Report of the Indian Hemp Drugs Commission, 1894-1895 - Volume VI
Year: 1894
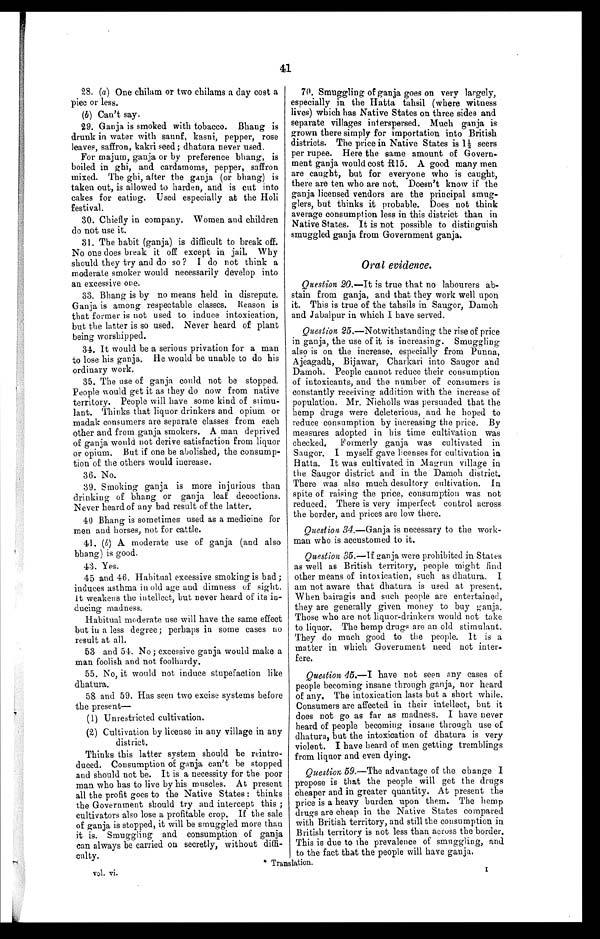
41
28. (a) One chilam or two chilams a day cost a
piec or less.
(b) Can't say.
29. Ganja, is smoked with tobacco. Bhang is
drunk in water with saunf, kasni, pepper, rose
leaves, saffron, kakri seed; dhatura never used.
For majum, ganja or by preference bhang, is
boiled in ghi, and cardamoms, pepper, saffron
mixed. The ghi, after the ganja (or bhang) is
taken out, is allowed to harden, and is cut into
cakes for eating. Used especially at the Holi
festival.
30. Chiefly in company. Women and children
do not use it.
31. The habit (ganja) is difficult to break off.
No one does break it off except in jail. Why
should they try and do so ? I do not think a
moderate smoker would necessarily develop into
an excessive one.
33. Bhang is by no means held in disrepute.
Ganja is among respectable classes. Beason is
that former is not used to induce intoxication,
but the latter is so used. Never heard of plant
being worshipped.
34. It would be a serious privation for a . man
to lose his ganja. He would be unable to do his
ordinary work.
35. The use of ganja could not be stopped,
People would get it as they do now from native
territory. People will have some kind of stimu-
lant. Thinks that liquor drinkers and opium or
madak consumers are separate classes from each
other and from ganja smokers. A man deprived
of ganja would not derive satisfaction from liquor
or opium. But if one be abolished, the consump-
tion of the others would increase.
36. No.
39. Smoking ganja is more injurious than
drinking of bhang or ganja, leaf decoctions.
Never heard of any bad result of the latter.
40 Bhang is sometimes used as a medicine for
men and horses, not for cattle.
41. (b) A moderate use of ganja (and also
bhang) is good.
43. Yes.
45 and 46. Habitual excessive smoking is bad;
induces asthma in old age and dimness of sight.
It weakens the intellect, but never heard of its in-
ducing madness.
Habitual moderate use will have the same effect
but in a less degree; perhaps in some cases no
result at all.
53 and 54. No; excessive ganja would make a
man foolish and not foolhardy.
55. No, it would not induce stupefaction like
dhatura.
58 and 59. Has seen two excise systems before
the present
(1) Unrestricted cultivation.
(2) Cultivation by license in any village in any
district.
Thinks this latter system should be reintro-
duced. Consumption of ganja can't be stopped
and should not be. It is a necessity for the poor
man who has to live by his muscles. At present
all the profit goes to the Native States : thinks
the Government should try and intercept this ;
cultivators also lose a profitable crop. If the sale
of ganja is stopped, it will be smuggled more than
it is. Smuggling and consumption of ganja
can always be carried on secretly, without diffi-
culty.
* Translation.
v o l . v i .
70. Smuggling of ganja goes on very largely,
especially in the Hatta tahsil (where witness
lives) which has Native States on three sides and
separate villages interspersed. Much ganja is
grown there simply for importation into British
districts. The price in Native States is 12 seers
per rupee. Here the same amount of Govern-
ment ganja would cost R15. A good many men
are caught, but for everyone who is caught,
there are ten who are not. Doesn't know if the
ganja licensed vendors are the principal smug-
glers, but thinks it probable. Does not think
average consumption less in this district than in
Native States. It is not possible to distinguish
smuggled ganja from Government ganja.
Oral evidence.
Question 20.—It is true that no labourers ab-
stain from ganja, and that they work well upon
it. This is true of the tahsils in Saugor, Damoh
and Jabalpur in which I have served.
Question 25 .–Notwithstanding the rise of price
in ganja, the use of it is increasing. Smuggling
also is on the increase, especially from Punna,
Ajeagadh, Bijawar, Charkari into Saugor and
Damoh. People cannot reduce their consumption
of intoxicants, and the number of consumers is
constantly receiving addition with the increase of
population. Mr. Nicholls was persuaded that the
hemp drugs were deleterious, and he hoped to
reduce consumption by increasing the price. By
measures adopted in his time cultivation was
checked, Formerly ganja was cultivated in
Saugor. I myself gave licenses for cultivation in
Hatta. It was cultivated in Magrun village in
the Saugor district and in the Damoh district.
There was also much desultory cultivation. In
spite of raising the price, consumption was not
reduced. There is very imperfect control across
the border, and prices are low there.
Question 34 .—Ganja is necessary to the work-
man who is accustomed. to it.
Question 35.—If ganja were prohibited in States
as well as British territory, people might find
other means of intoxication, such as dhatura. I
am not aware that dhatura is used at present.
When bairagis and such people are entertained,
they are generally given money to buy ganja.
Those who are not liquor-drinkers would not take
to liquor. The hemp drugs are an old stimulant.
They do much good to the people. It is a
matter in which Government need not inter--
fere.
Question 45.–I have not seen any cases of
people becoming insane through ganja, nor heard
of any. The intoxication lasts but a short while.
Consumers are affected in their intellect, but it
does not go as far as madness. I have never
heard of people becoming insane through use of
dhatura, but the intoxication of dhatura is very
violent. I have heard of men getting tremblings
from liquor and even dying.
Question, 59 .—The advantage of the change I
propose is that the peoplewill get the drugs
cheaper and in greater quantity. At present the
price is a heavy burden upon them. The hemp
drugs are cheap in the Native States compared
with British territory, and still the consumption in
British territory is not less than across the border.
This is due to the prevalence of smuggling, and
to the fact that the people will have ganja.